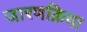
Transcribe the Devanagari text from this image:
जारणक्रिया